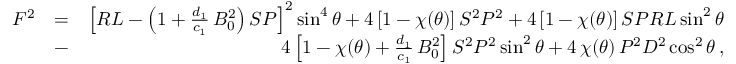
\begin{array} { r l r } { F ^ { 2 } } & { = } & { \left[ { \cal R } { \cal L } - \left( 1 + \frac { d _ { 1 } } { c _ { 1 } } \, B _ { 0 } ^ { 2 } \right) { \cal S } { \cal P } \right] ^ { 2 } \sin ^ { 4 } \theta + 4 \left[ 1 - \chi ( \theta ) \right] { \cal S } ^ { 2 } { \cal P } ^ { 2 } + 4 \left[ 1 - \chi ( \theta ) \right] { \cal S } { \cal P } { \cal R } { \cal L } \sin ^ { 2 } \theta } \\ & { - } & { 4 \left[ 1 - \chi ( \theta ) + \frac { d _ { 1 } } { c _ { 1 } } \, B _ { 0 } ^ { 2 } \right] { \cal S } ^ { 2 } { \cal P } ^ { 2 } \sin ^ { 2 } \theta + 4 \, \chi ( \theta ) \, { \cal P } ^ { 2 } { \cal D } ^ { 2 } \cos ^ { 2 } \theta \, , } \end{array}